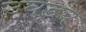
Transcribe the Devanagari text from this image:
उघडच